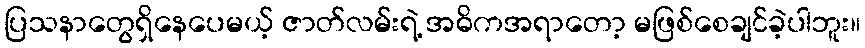
ပြသနာတွေရှိနေပေမယ့် ဇာတ်လမ်းရဲ့ အဓိကအရာတော့ မဖြစ်စေချင်ခဲ့ပါဘူး။